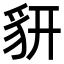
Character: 𧲨